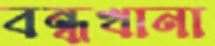
বন্ধখানা